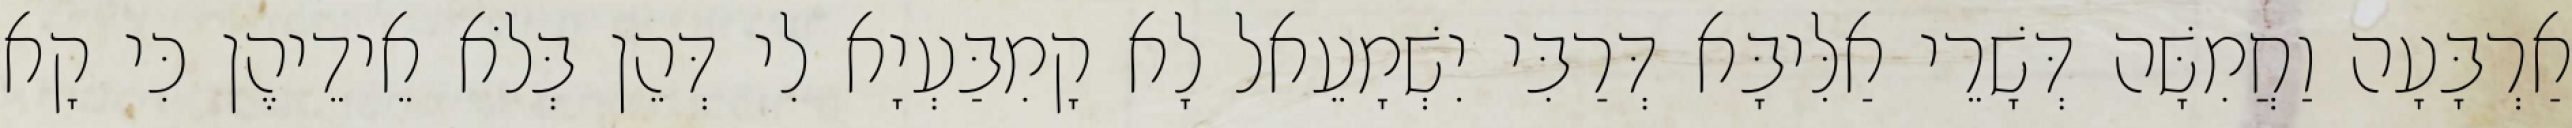
אַרְבָּעָה וַחֲמִשָּׁה דְּשָׁרֵי אַלִּיבָּא דְּרַבִּי יִשְׁמָעֵאל לָא קָמִבַּעְיָא לִי דְּהֵן בְּלֹא אֵידֵיהֶן כִּי קָא